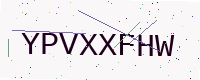
Text: YPVXXFHW